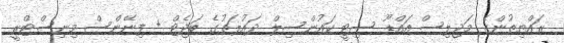
ރައްޔިތުންގެ މަޖިލިސް އައްޑޫ ސިޓީ ކައުންސިލް ދައުލަތުގެ ބަޖެޓް + ފިނޭންސް މިނިސްޓްރީ